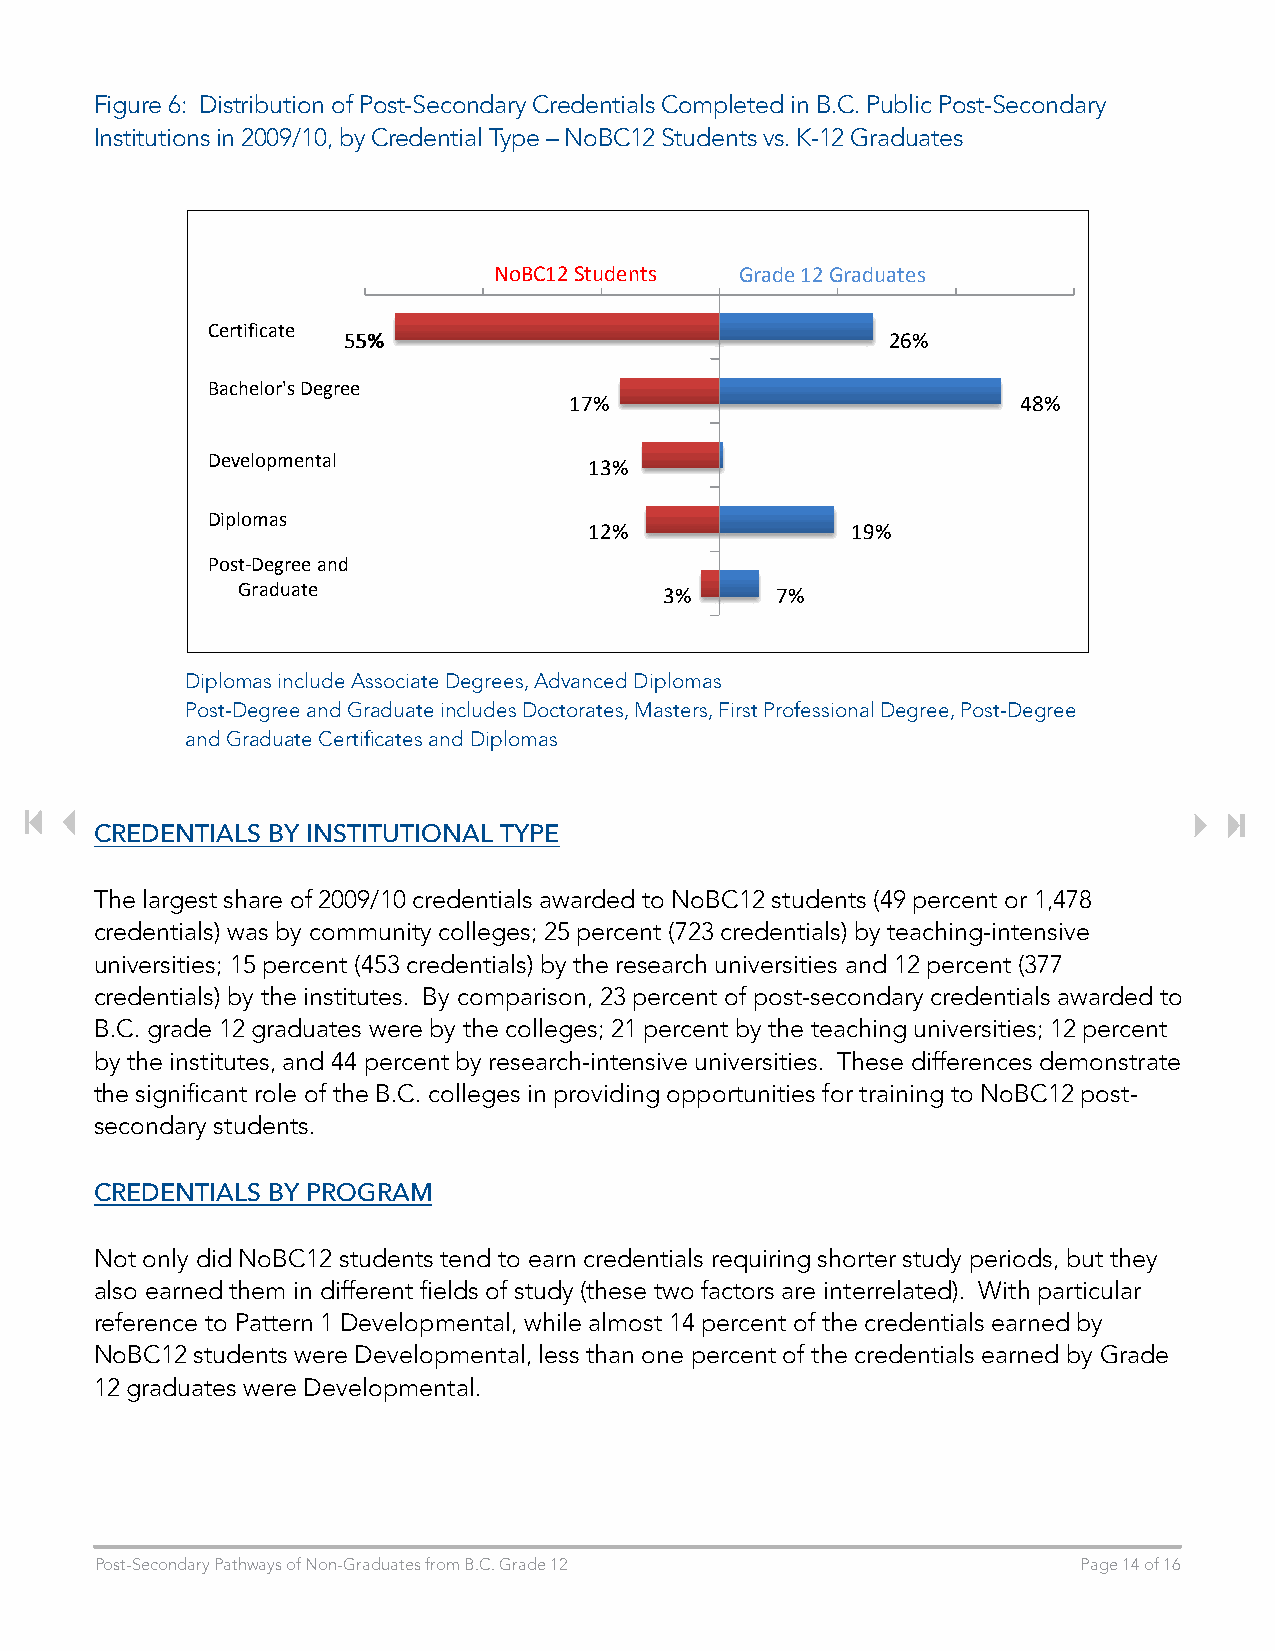
Figure 6: Distribution of Post-Secondary Credentials Completed in B.C. Public Post-Secondary
 Institutions in 2009/10, by Credential Type – NoBC12 Students vs. K-12 Graduates
 NoBC12 Students Grade 12 Graduates
 Certificate
 5555%%                              2266%%
 Bachelor's Degree
 1177%%                        4488%%
 Developmental            1133%%
 Diplomas
 1122%%           1199%%
 Post-Degree and
 Graduate                    33%%   77%%
 Diplomas include Associate Degrees, Advanced Diplomas
 Post-Degree and Graduate includes Doctorates, Masters, First Professional Degree, Post-Degree
 and Graduate Certificates and Diplomas
 CREDENTIALS BY INSTITUTIONAL TYPE
 The largest share of 2009/10 credentials awarded to NoBC12 students (49 percent or 1,478
 credentials) was by community colleges; 25 percent (723 credentials) by teaching-intensive
 universities; 15 percent (453 credentials) by the research universities and 12 percent (377
 credentials) by the institutes. By comparison, 23 percent of post-secondary credentials awarded to
 B.C. grade 12 graduates were by the colleges; 21 percent by the teaching universities; 12 percent
 by the institutes, and 44 percent by research-intensive universities. These differences demonstrate
 the significant role of the B.C. colleges in providing opportunities for training to NoBC12 post-
 secondary students.
 CREDENTIALS BY PROGRAM
 Not only did NoBC12 students tend to earn credentials requiring shorter study periods, but they
 also earned them in different fields of study (these two factors are interrelated). With particular
 reference to Pattern 1 Developmental, while almost 14 percent of the credentials earned by
 NoBC12 students were Developmental, less than one percent of the credentials earned by Grade
 12 graduates were Developmental.
 Post-Secondary Pathways of Non-Graduates from B.C. Grade 12       Page 14 of 16